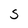
Character: S